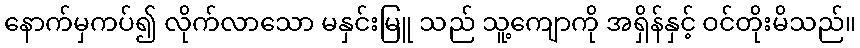
နောက်မှကပ်၍ လိုက်လာသော မနှင်းမြူ သည် သူ့ကျောကို အရှိန်နှင့် ဝင်တိုးမိသည်။